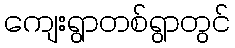
ကျေးရွာတစ်ရွာတွင်